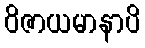
ဝိဇာယမာနာပိ